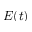
E ( t )